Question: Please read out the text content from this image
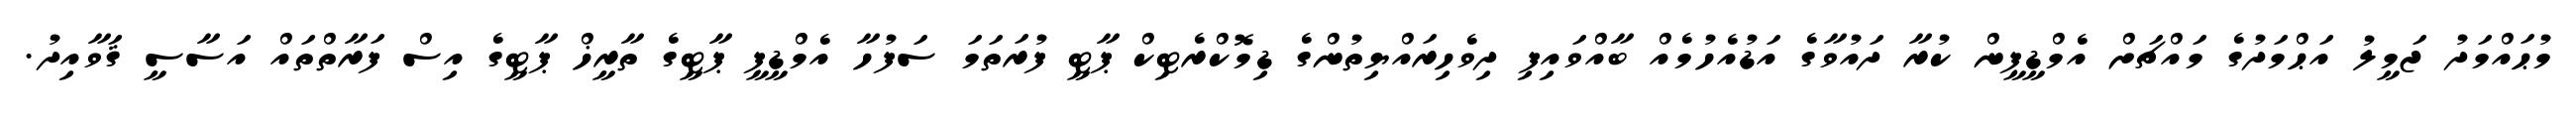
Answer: މުޙައްމަދު ޖަމީލު އަޙްމަދުގެ މައްޗަށް އެމްޑީޕީން ކުރާ ދައުވާގެ އަޑުއެހުމެއް ބާއްވައިފި ދިވެހިރައްޔިތުންގެ ޑިމޮކްރެޓިކް ޕާޓީ ފުރަތަމަ ސަފުހާ އެމްޑީޕީ ޕާޓީގެ ތާރީޚް ޕާޓީގެ އިސް ފަރާތްތައް އަސާސީ ޤަވާއިދު.